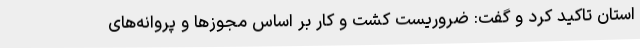
استان تاکید کرد و گفت: ضروریست کشت و کار بر اساس مجوزها و پروانه‌های